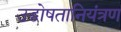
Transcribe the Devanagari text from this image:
उद्घोषतानियंत्रण